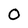
Character: 0